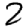
Digit: 2